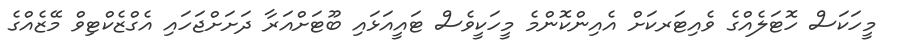
މީހަކަސް ހޮޓަލެއްގެ ވެއިޓަރކަށް އެއިންކޮންމެ މީހަކީވެސް ޓައީއަޅައި ބޫޓަށްއަރާ ދަށަށްޖަހައި އެގްޒެކްޓިވް މޭޒެއްގެ